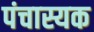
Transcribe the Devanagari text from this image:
पंचास्यक